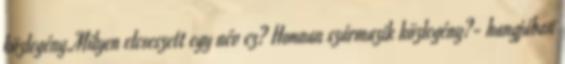
közlegény.Milyen elcseszett egy név ez? Honnan származik közlegény?- hangjában